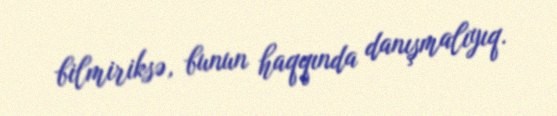
bilmiriksə, bunun haqqında danışmalıyıq.